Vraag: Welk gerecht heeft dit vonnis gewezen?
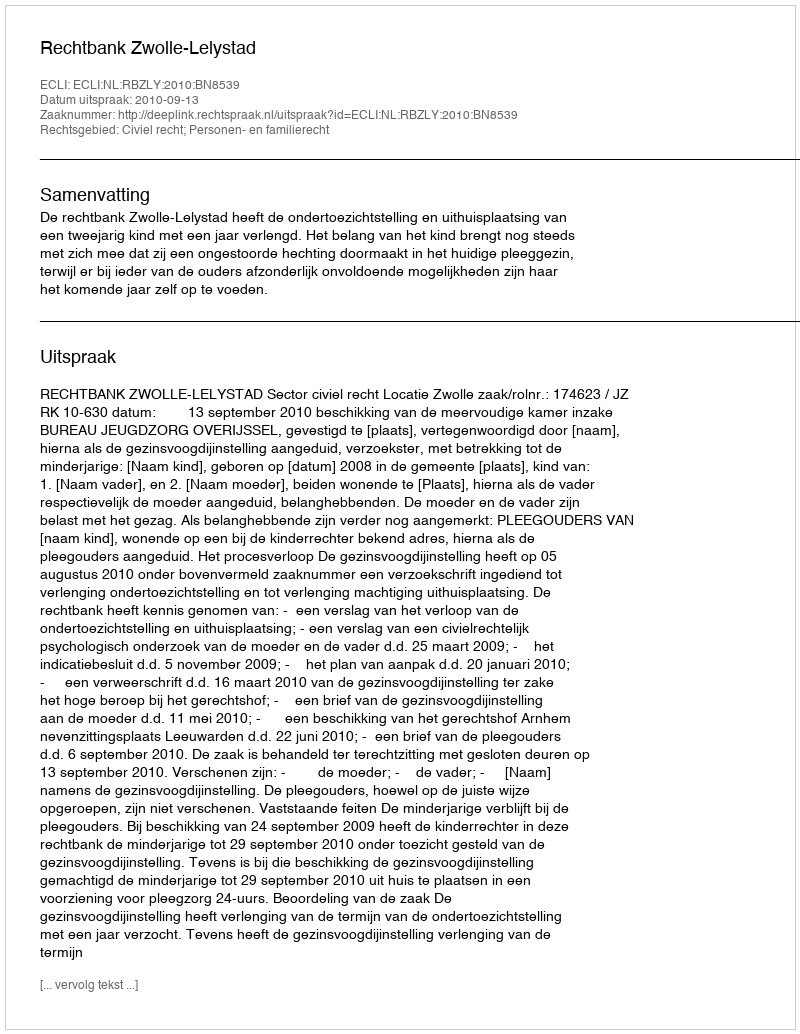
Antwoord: Rechtbank Zwolle-Lelystad